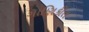
ગાણિકીત